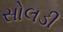
સોલડી